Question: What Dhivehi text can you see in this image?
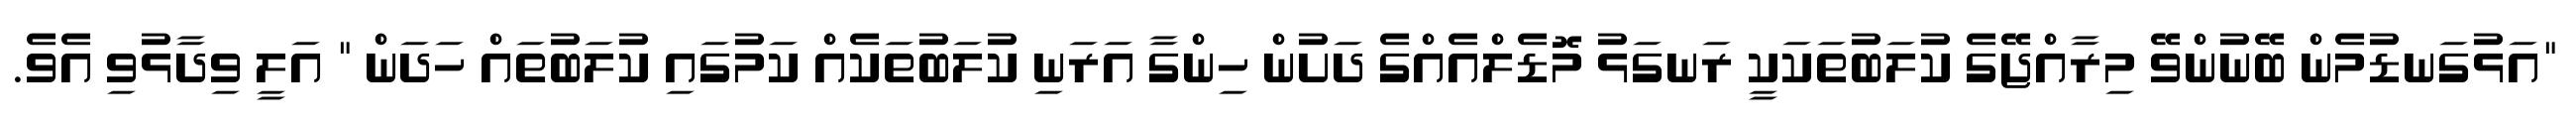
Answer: "އަޅުގަނޑުމެން ބޭނުންވޭ މިރާއްޖޭގެ ކުލަބުތަކަކީ ރަނގަޅު މޮޑެލްއެއްގެ ދަށުން ހިންގާ އަރަނި ކުލަބުތަކެއް ކަމުގައި ކުލަބުތައް ހަދަން " އަލީ ވިދާޅުވި އެވެ.